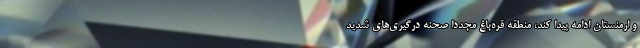
و ارمنستان ادامه پیدا کند، منطقه قره‌باغ مجددا صحنه درگیری‌های شدید